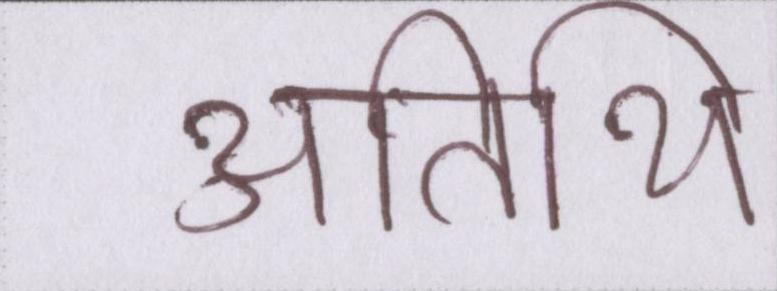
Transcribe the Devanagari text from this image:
अतिथि